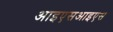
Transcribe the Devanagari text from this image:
आइएसआइएस